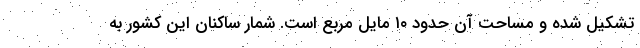
تشکیل شده و مساحت آن حدود ۱۰ مایل مربع است. شمار ساکنان این کشور به